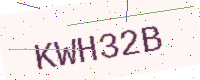
Text: KWH32B